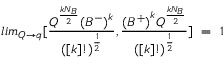
l i m _ { Q \to q } [ { { \frac { Q ^ { \frac { k N _ { B } } { 2 } } { ( B ^ { - } ) } ^ { k } } { ( [ k ] ! ) ^ { \frac { 1 } { 2 } } } } , { { \frac { { ( B ^ { + } ) } ^ { k } Q ^ { { \frac { k N _ { B } } { 2 } } } } { ( [ k ] ! ) ^ { \frac { 1 } { 2 } } } } } } ] ~ = ~ 1